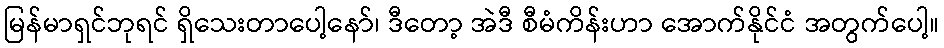
မြန်မာရှင်ဘုရင် ရှိသေးတာပေါ့နော်၊ ဒီတော့ အဲဒီ စီမံကိန်းဟာ အောက်နိုင်ငံ အတွက်ပေါ့။